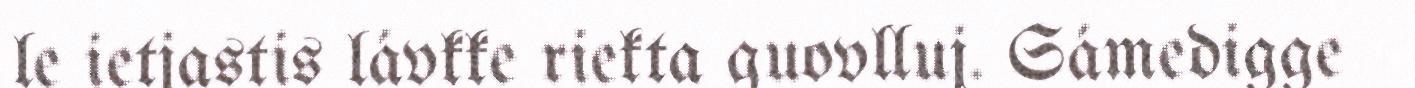
le ietjastis lávkke riekta guovlluj. Sámedigge